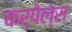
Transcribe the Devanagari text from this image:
कर्पेल्स